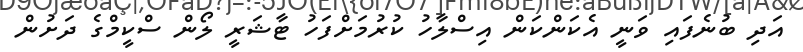
އަދި ބުނެފައި ވަނީ އެކަންކަން އިސްލާހު ކުރުމަށްފަހު ޓާޝަރީ ލޯން ސްކީމްގެ ދަށުން